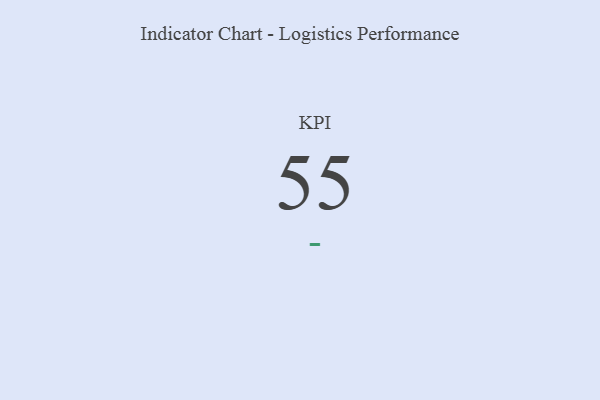
{"axis": {"x": "KPI", "y": "Value"}, "legend": [""], "data": [{"x": "KPI", "y": 55, "type": ""}]}